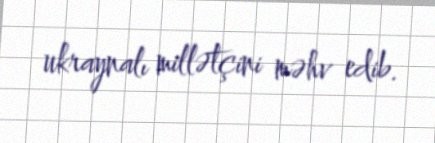
ukraynalı millətçini məhv edib.